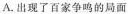
A.出现了百家争鸣的局面